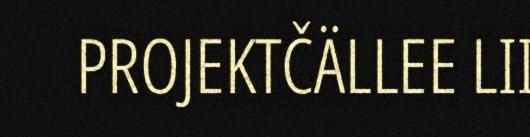
PROJEKTČÄLLEE LII